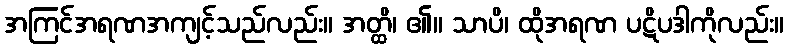
အကြင်အရဏအကျင့်သည်လည်း။ အတ္ထိ၊ ၏။ သာပိ၊ ထိုအရဏ ပဋိပဒါကိုလည်း။